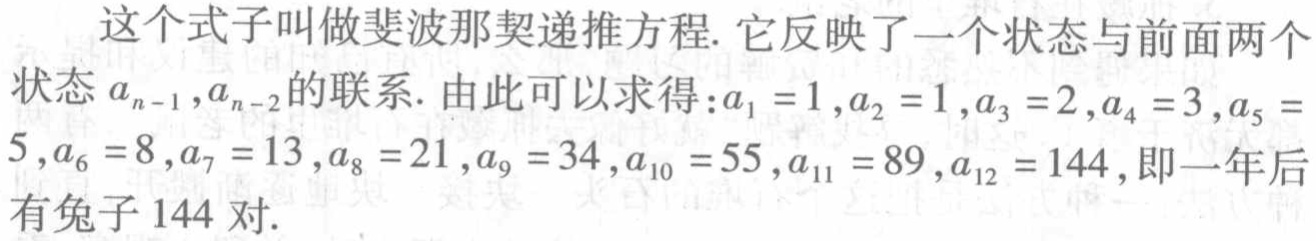
这个式子叫做斐波那契递推方程. 它反映了一个状态与前面两个状态\(a_{n - 1},a_{n - 2}\)的联系. 由此可以求得：\(a_1 = 1,a_2 = 1,a_3 = 2,a_4 = 3,a_5 = 5,a_6 = 8,a_7 = 13,a_8 = 21,a_9 = 34,a_{10} = 55,a_{11} = 89,a_{12} = 144\), 即一年后有兔子 \(144\) 对.